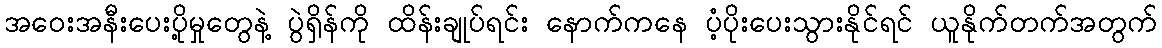
အဝေးအနီးပေးပို့မှုတွေနဲ့ ပွဲရှိန်ကို ထိန်းချုပ်ရင်း နောက်ကနေ ပံ့ပိုးပေးသွားနိုင်ရင် ယူနိုက်တက်အတွက်